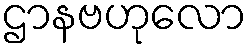
ဌာနဗဟုလော